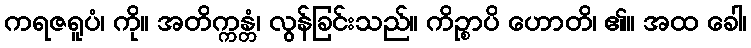
ကရဇရူပံ၊ ကို။ အတိက္ကန္တံ၊ လွန်ခြင်းသည်။ ကိဉ္စာပိ ဟောတိ၊ ၏။ အထ ခေါ၊